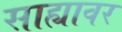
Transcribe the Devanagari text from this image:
साह्यावर